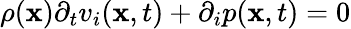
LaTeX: \rho({\mathbf x}){\partial_{t}}v_{i}({\mathbf x},t)+{\partial_{i}}p({\mathbf x},t)=0